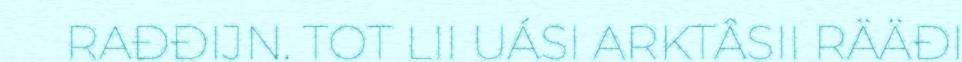
RAĐĐIJN. TOT LII UÁSI ARKTÂSII RÄÄĐI